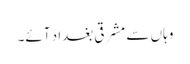
وہاں سے مشرقی بغداد آئے۔